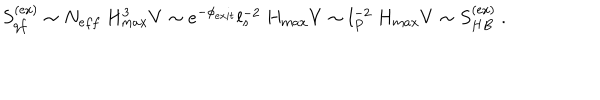
LaTeX: S _ { q f } ^ { ( \mathrm { e x } ) } \sim N _ { e f f } ~ H _ { m a x } ^ { 3 } V \sim e ^ { - \phi _ { e x i t } } l _ { s } ^ { - 2 } ~ H _ { m a x } V \sim l _ { P } ^ { - 2 } ~ H _ { m a x } V \sim S _ { H B } ^ { ( \mathrm { e x } ) } ~ .